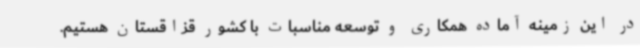
در این زمینه آماده همکاری و توسعه مناسبات با کشور قزاقستان هستیم.